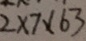
2 \times 7 \times 6 3